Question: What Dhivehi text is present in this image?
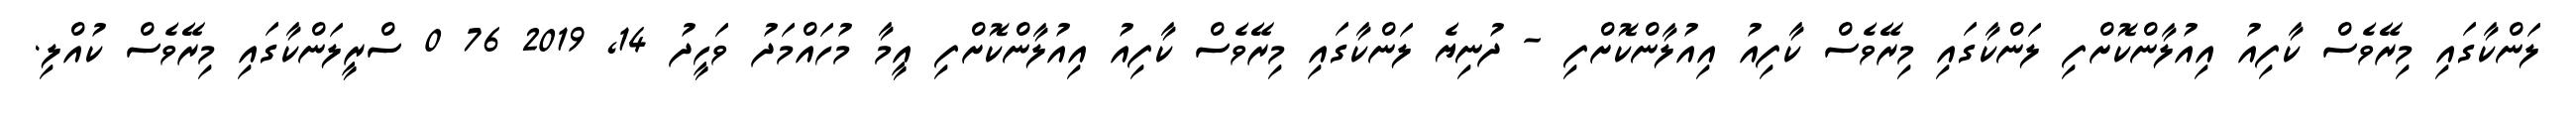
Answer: ލަންކާގައި މިރޭވެސް ކާފިއު އިއުލާންކޮށްފި ލަންކާގައި މިރޭވެސް ކާފިއު އިއުލާންކޮށްފި - ދުނިޔެ ލަންކާގައި މިރޭވެސް ކާފިއު އިއުލާންކޮށްފި އީމާ މުހައްމަދު ވަހީދު 14, 2019 76 0 ސްރީލަންކާގައި މިރޭވެސް ކުއްލި.